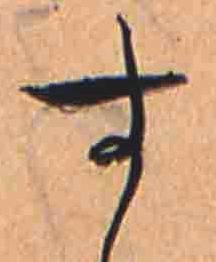
す